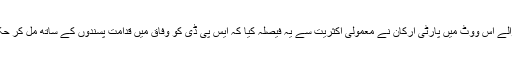
ہفتے کے روز ہونے والے اس ووٹ میں پارٹی ارکان نے معمولی اکثریت سے یہ فیصلہ کیا کہ ایس پی ڈی کو وفاق میں قدامت پسندوں کے ساتھ مل کر حکومت نہیں بنانا چاہیے۔